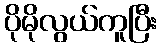
ပိုမိုလွယ်ကူပြီး